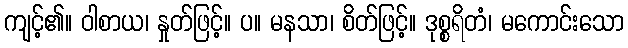
ကျင့်၏။ ဝါစာယ၊ နှုတ်ဖြင့်။ ပ။ မနသာ၊ စိတ်ဖြင့်။ ဒုစ္စရိတံ၊ မကောင်းသော